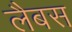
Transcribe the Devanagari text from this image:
लैबस